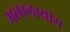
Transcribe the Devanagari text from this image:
मलालायांग